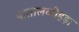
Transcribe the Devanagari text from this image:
पातालकोहड़ा